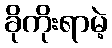
ခိုကိုးရာမဲ့